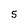
Character: 5